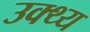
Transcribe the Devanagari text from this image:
उक्थ्य